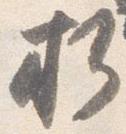
折